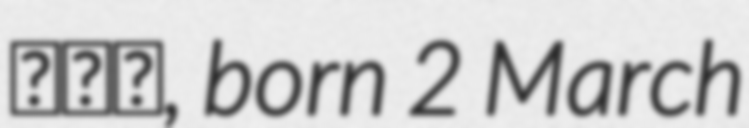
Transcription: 邱红梅, born 2 March